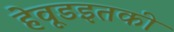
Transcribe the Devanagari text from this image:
हेवूडइतकी